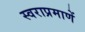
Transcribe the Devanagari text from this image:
स्वराप्रमाणें